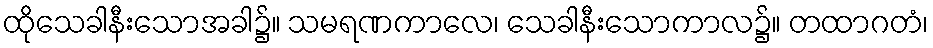
ထိုသေခါနီးသောအခါ၌။ သမရဏကာလေ၊ သေခါနီးသောကာလ၌။ တထာဂတံ၊